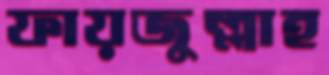
ফায়জুল্লাহ